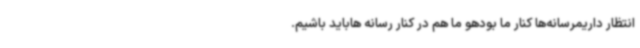
انتظار داریمرسانه‌ها کنار ما بودهو ما هم در کنار رسانه هاباید باشیم.